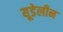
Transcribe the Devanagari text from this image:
यूडेलीन